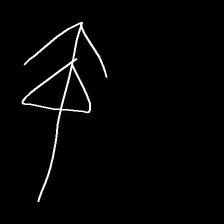
Glyph: pull